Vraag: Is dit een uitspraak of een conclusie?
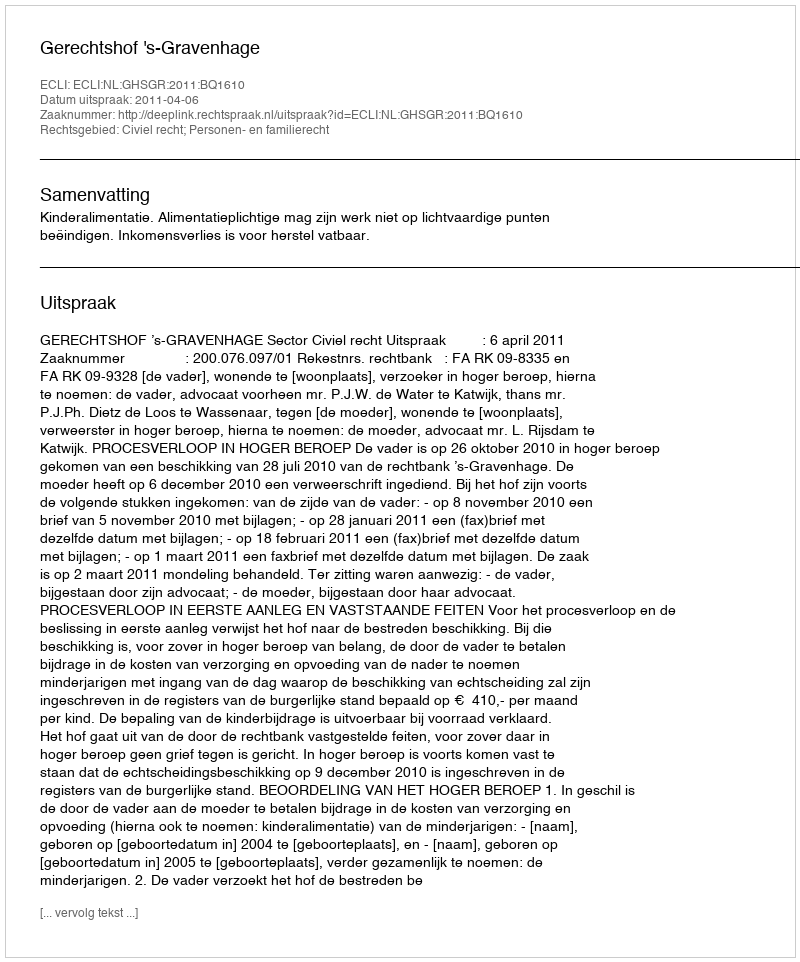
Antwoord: Uitspraak